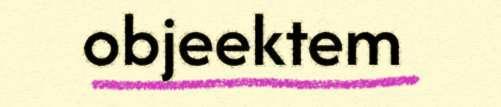
objeektem